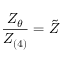
\frac { Z _ { \theta } } { Z _ { ( 4 ) } } = \tilde { Z }